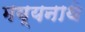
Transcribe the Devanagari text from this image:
मय्यनाथे